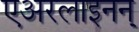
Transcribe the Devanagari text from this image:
एअरलाइनन्